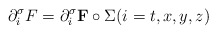
\begin{align*}\partial_i^\sigma F=\partial_i^\sigma {\bf F}\circ \Sigma(i=t,x,y,z)\end{align*}